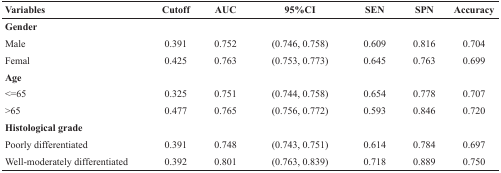
<table><thead><tr><td><b>Variables</b></td><td><b>Cutoff</b></td><td><b>AUC</b></td><td><b>95%CI</b></td><td><b>SEN</b></td><td><b>SPN</b></td><td><b>Accuracy</b></td></tr></thead><tbody><tr><td><b>Gender</b></td><td></td><td></td><td></td><td></td><td></td><td></td></tr><tr><td>Male</td><td>0.391</td><td>0.752</td><td>(0.746, 0.758)</td><td>0.609</td><td>0.816</td><td>0.704</td></tr><tr><td>Femal</td><td>0.425</td><td>0.763</td><td>(0.753, 0.773)</td><td>0.645</td><td>0.763</td><td>0.699</td></tr><tr><td><b>Age</b></td><td></td><td></td><td></td><td></td><td></td><td></td></tr><tr><td>&lt;=65</td><td>0.325</td><td>0.751</td><td>(0.744, 0.758)</td><td>0.654</td><td>0.778</td><td>0.707</td></tr><tr><td>&gt;65</td><td>0.477</td><td>0.765</td><td>(0.756, 0.772)</td><td>0.593</td><td>0.846</td><td>0.720</td></tr><tr><td><b>Histological grade</b></td><td></td><td></td><td></td><td></td><td></td><td></td></tr><tr><td>Poorly differentiated</td><td>0.391</td><td>0.748</td><td>(0.743, 0.751)</td><td>0.614</td><td>0.784</td><td>0.697</td></tr><tr><td>Well-moderately differentiated</td><td>0.392</td><td>0.801</td><td>(0.763, 0.839)</td><td>0.718</td><td>0.889</td><td>0.750</td></tr></tbody></table>